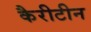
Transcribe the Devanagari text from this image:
कैरीटीन